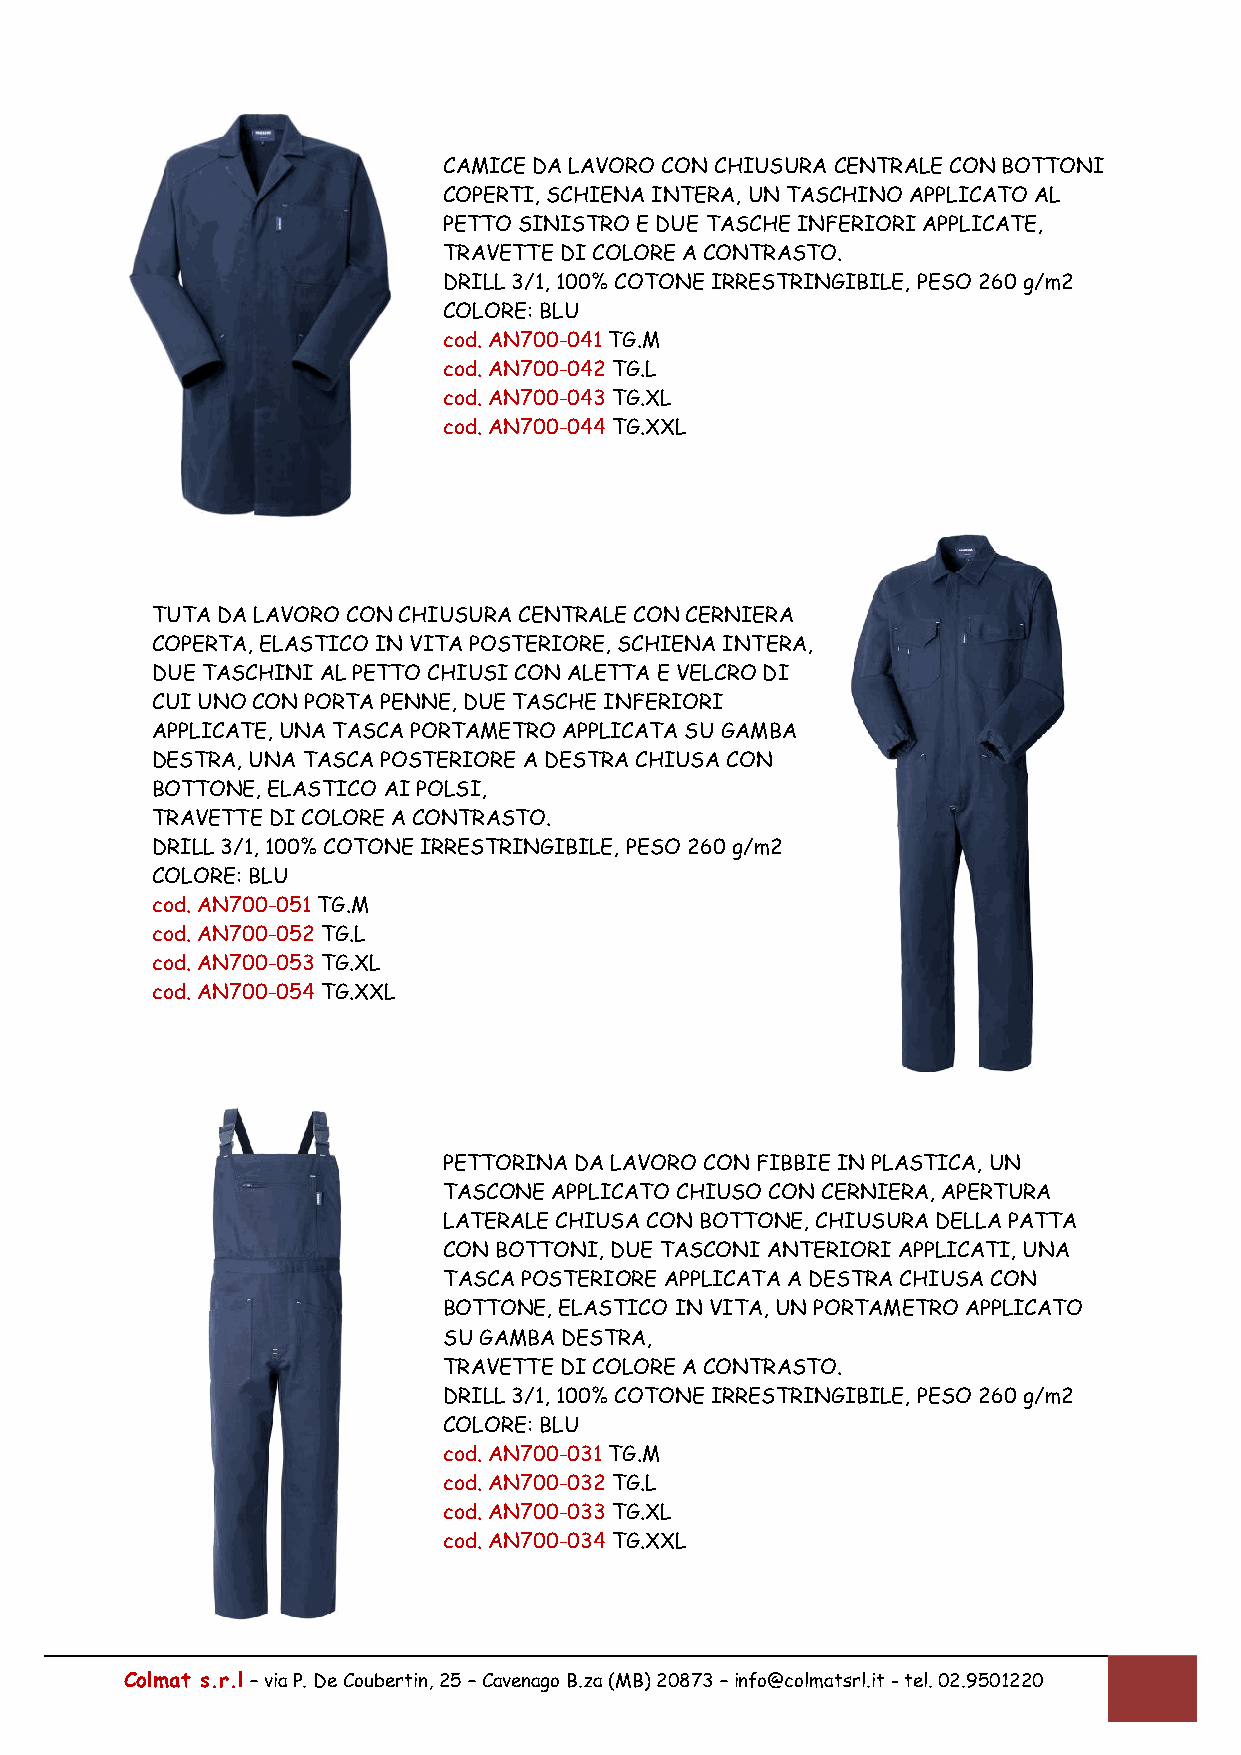
CAMICE DA LAVORO CON CHIUSURA CENTRALE CON BOTTONI
 COPERTI, SCHIENA INTERA, UN TASCHINO APPLICATO AL
 PETTO SINISTRO E DUE TASCHE INFERIORI APPLICATE,
 TRAVETTE DI COLORE A CONTRASTO.
 DRILL 3/1, 100% COTONE IRRESTRINGIBILE, PESO 260 g/m2
 COLORE: BLU
 cod. AN700-041 TG.M
 cod. AN700-042 TG.L
 cod. AN700-043 TG.XL
 cod. AN700-044 TG.XXL
 TUTA DA LAVORO CON CHIUSURA CENTRALE CON CERNIERA
 COPERTA, ELASTICO IN VITA POSTERIORE, SCHIENA INTERA,
 DUE TASCHINI AL PETTO CHIUSI CON ALETTA E VELCRO DI
 CUI UNO CON PORTA PENNE, DUE TASCHE INFERIORI
 APPLICATE, UNA TASCA PORTAMETRO APPLICATA SU GAMBA
 DESTRA, UNA TASCA POSTERIORE A DESTRA CHIUSA CON
 BOTTONE, ELASTICO AI POLSI,
 TRAVETTE DI COLORE A CONTRASTO.
 DRILL 3/1, 100% COTONE IRRESTRINGIBILE, PESO 260 g/m2
 COLORE: BLU
 cod. AN700-051 TG.M
 cod. AN700-052 TG.L
 cod. AN700-053 TG.XL
 cod. AN700-054 TG.XXL
 PETTORINA DA LAVORO CON FIBBIE IN PLASTICA, UN
 TASCONE APPLICATO CHIUSO CON CERNIERA, APERTURA
 LATERALE CHIUSA CON BOTTONE, CHIUSURA DELLA PATTA
 CON BOTTONI, DUE TASCONI ANTERIORI APPLICATI, UNA
 TASCA POSTERIORE APPLICATA A DESTRA CHIUSA CON
 BOTTONE, ELASTICO IN VITA, UN PORTAMETRO APPLICATO
 SU GAMBA DESTRA,
 TRAVETTE DI COLORE A CONTRASTO.
 DRILL 3/1, 100% COTONE IRRESTRINGIBILE, PESO 260 g/m2
 COLORE: BLU
 cod. AN700-031 TG.M
 cod. AN700-032 TG.L
 cod. AN700-033 TG.XL
 cod. AN700-034 TG.XXL
 Colmat s.r.l – via P. De Coubertin, 25 – Cavenago B.za (MB) 20873 – info@colmatsrl.it - tel. 02.9501220